Jaan_Tonisson_(Lasteleht), lk 361
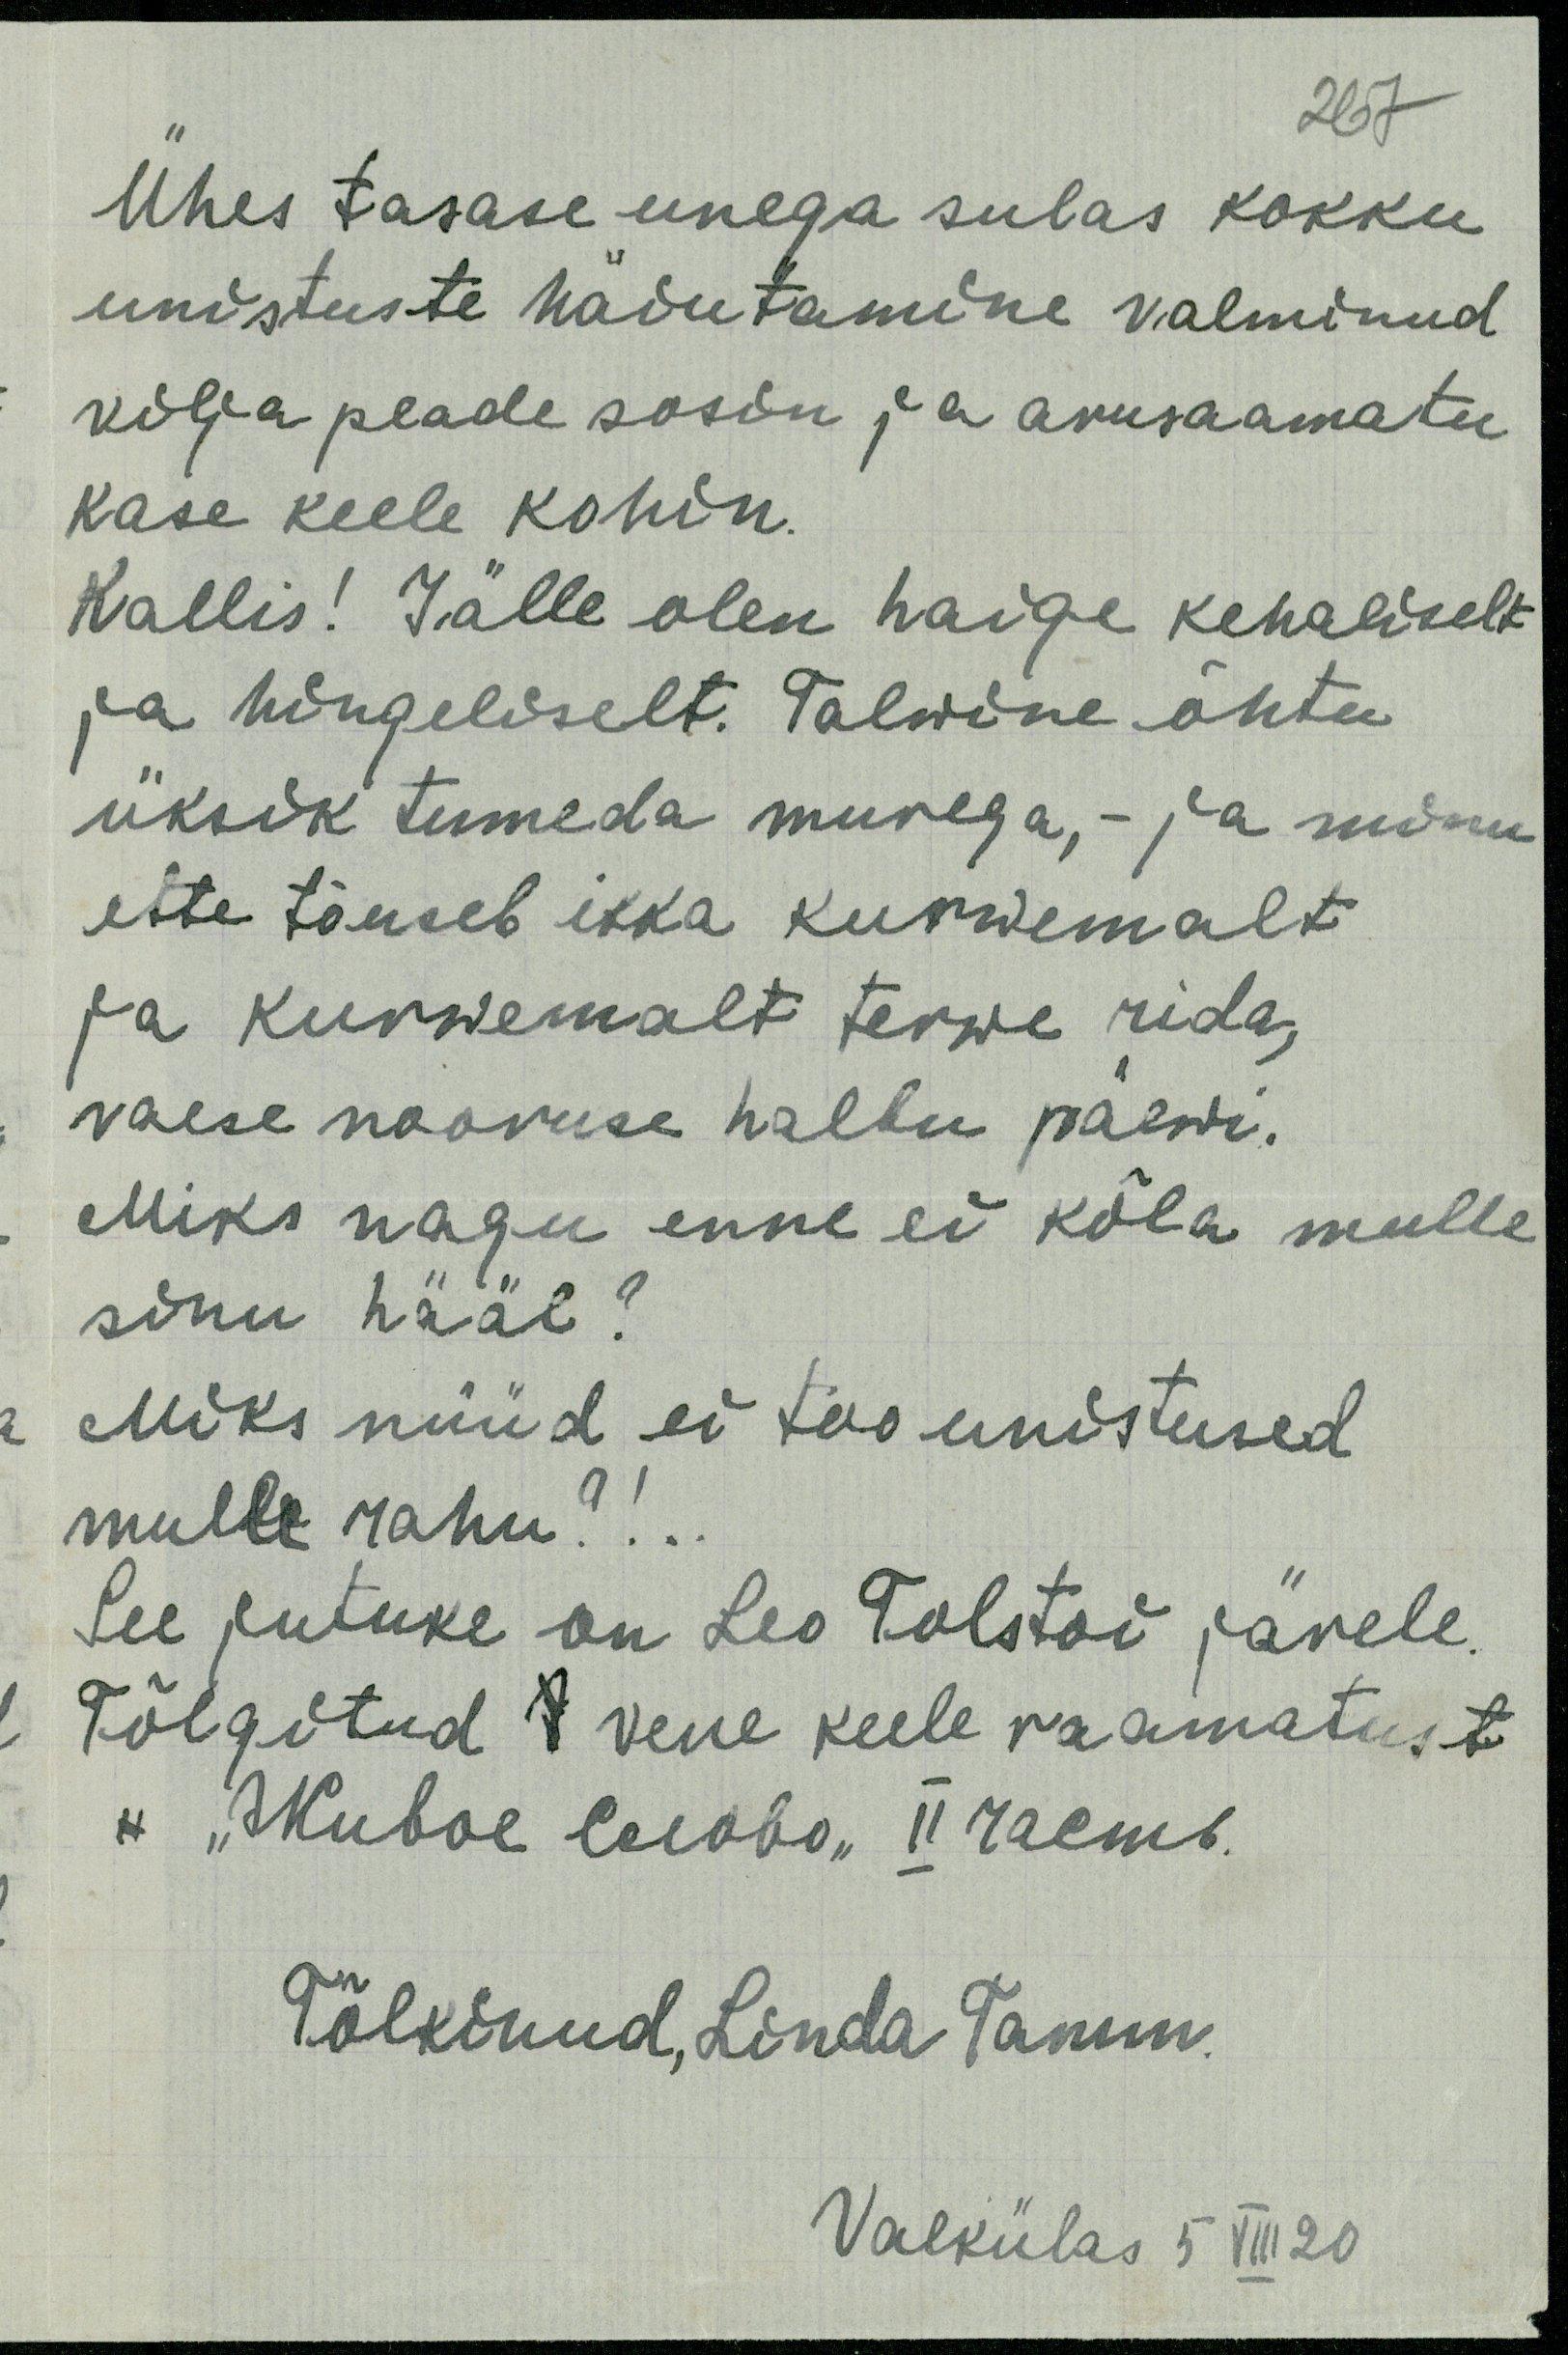
267
Ühes tasase unega sulas kokku
unistuste häiutamine valminud
vilja peade sosin ja arusaamatu
kase keele kohin.
Kallis! Jälle olen haige kehaliselt
ja hingeliselt. Talwine õhtu
üksik tumeda murega,- ja minu
ette tõuseb ikka kurwemalt
ja kurwemalt terwe rida,
vaese nooruse halbu päewi.
Miks nagu enne ei kõla mulle
sinu hääl?
Miks nüüd ei too unistused
mulle rahu?....
See jutuke on Leo Tolstoi järele.
Tõlgitud vene keele raamatust
"Мкивое слово " II raemb.
Tõlkinud, Linda Tamm.
Vaekülas 5 VIII 20